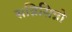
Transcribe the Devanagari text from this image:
सन्निसिन्नो